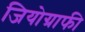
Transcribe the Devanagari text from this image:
जियोग्राफी